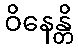
ဝိနေန္တိ